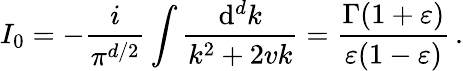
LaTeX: I_{0}=-\frac{i}{\pi^{d/2}}\int\frac{\mathrm{d}^{d}k}{k^{2}+2vk}=\frac{\Gamma(1+\varepsilon)}{\varepsilon(1-\varepsilon)}\, .